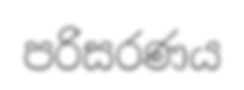
පරිසරණය